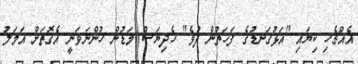
އެއްޗެހި ކިޔައި "އަޅުގަނޑުގެ ފަހަތުން ދުވެ" ހެދިޔަސް މަޑުން ހުންނަވަނީ އެގޮތަށް އަމަލު